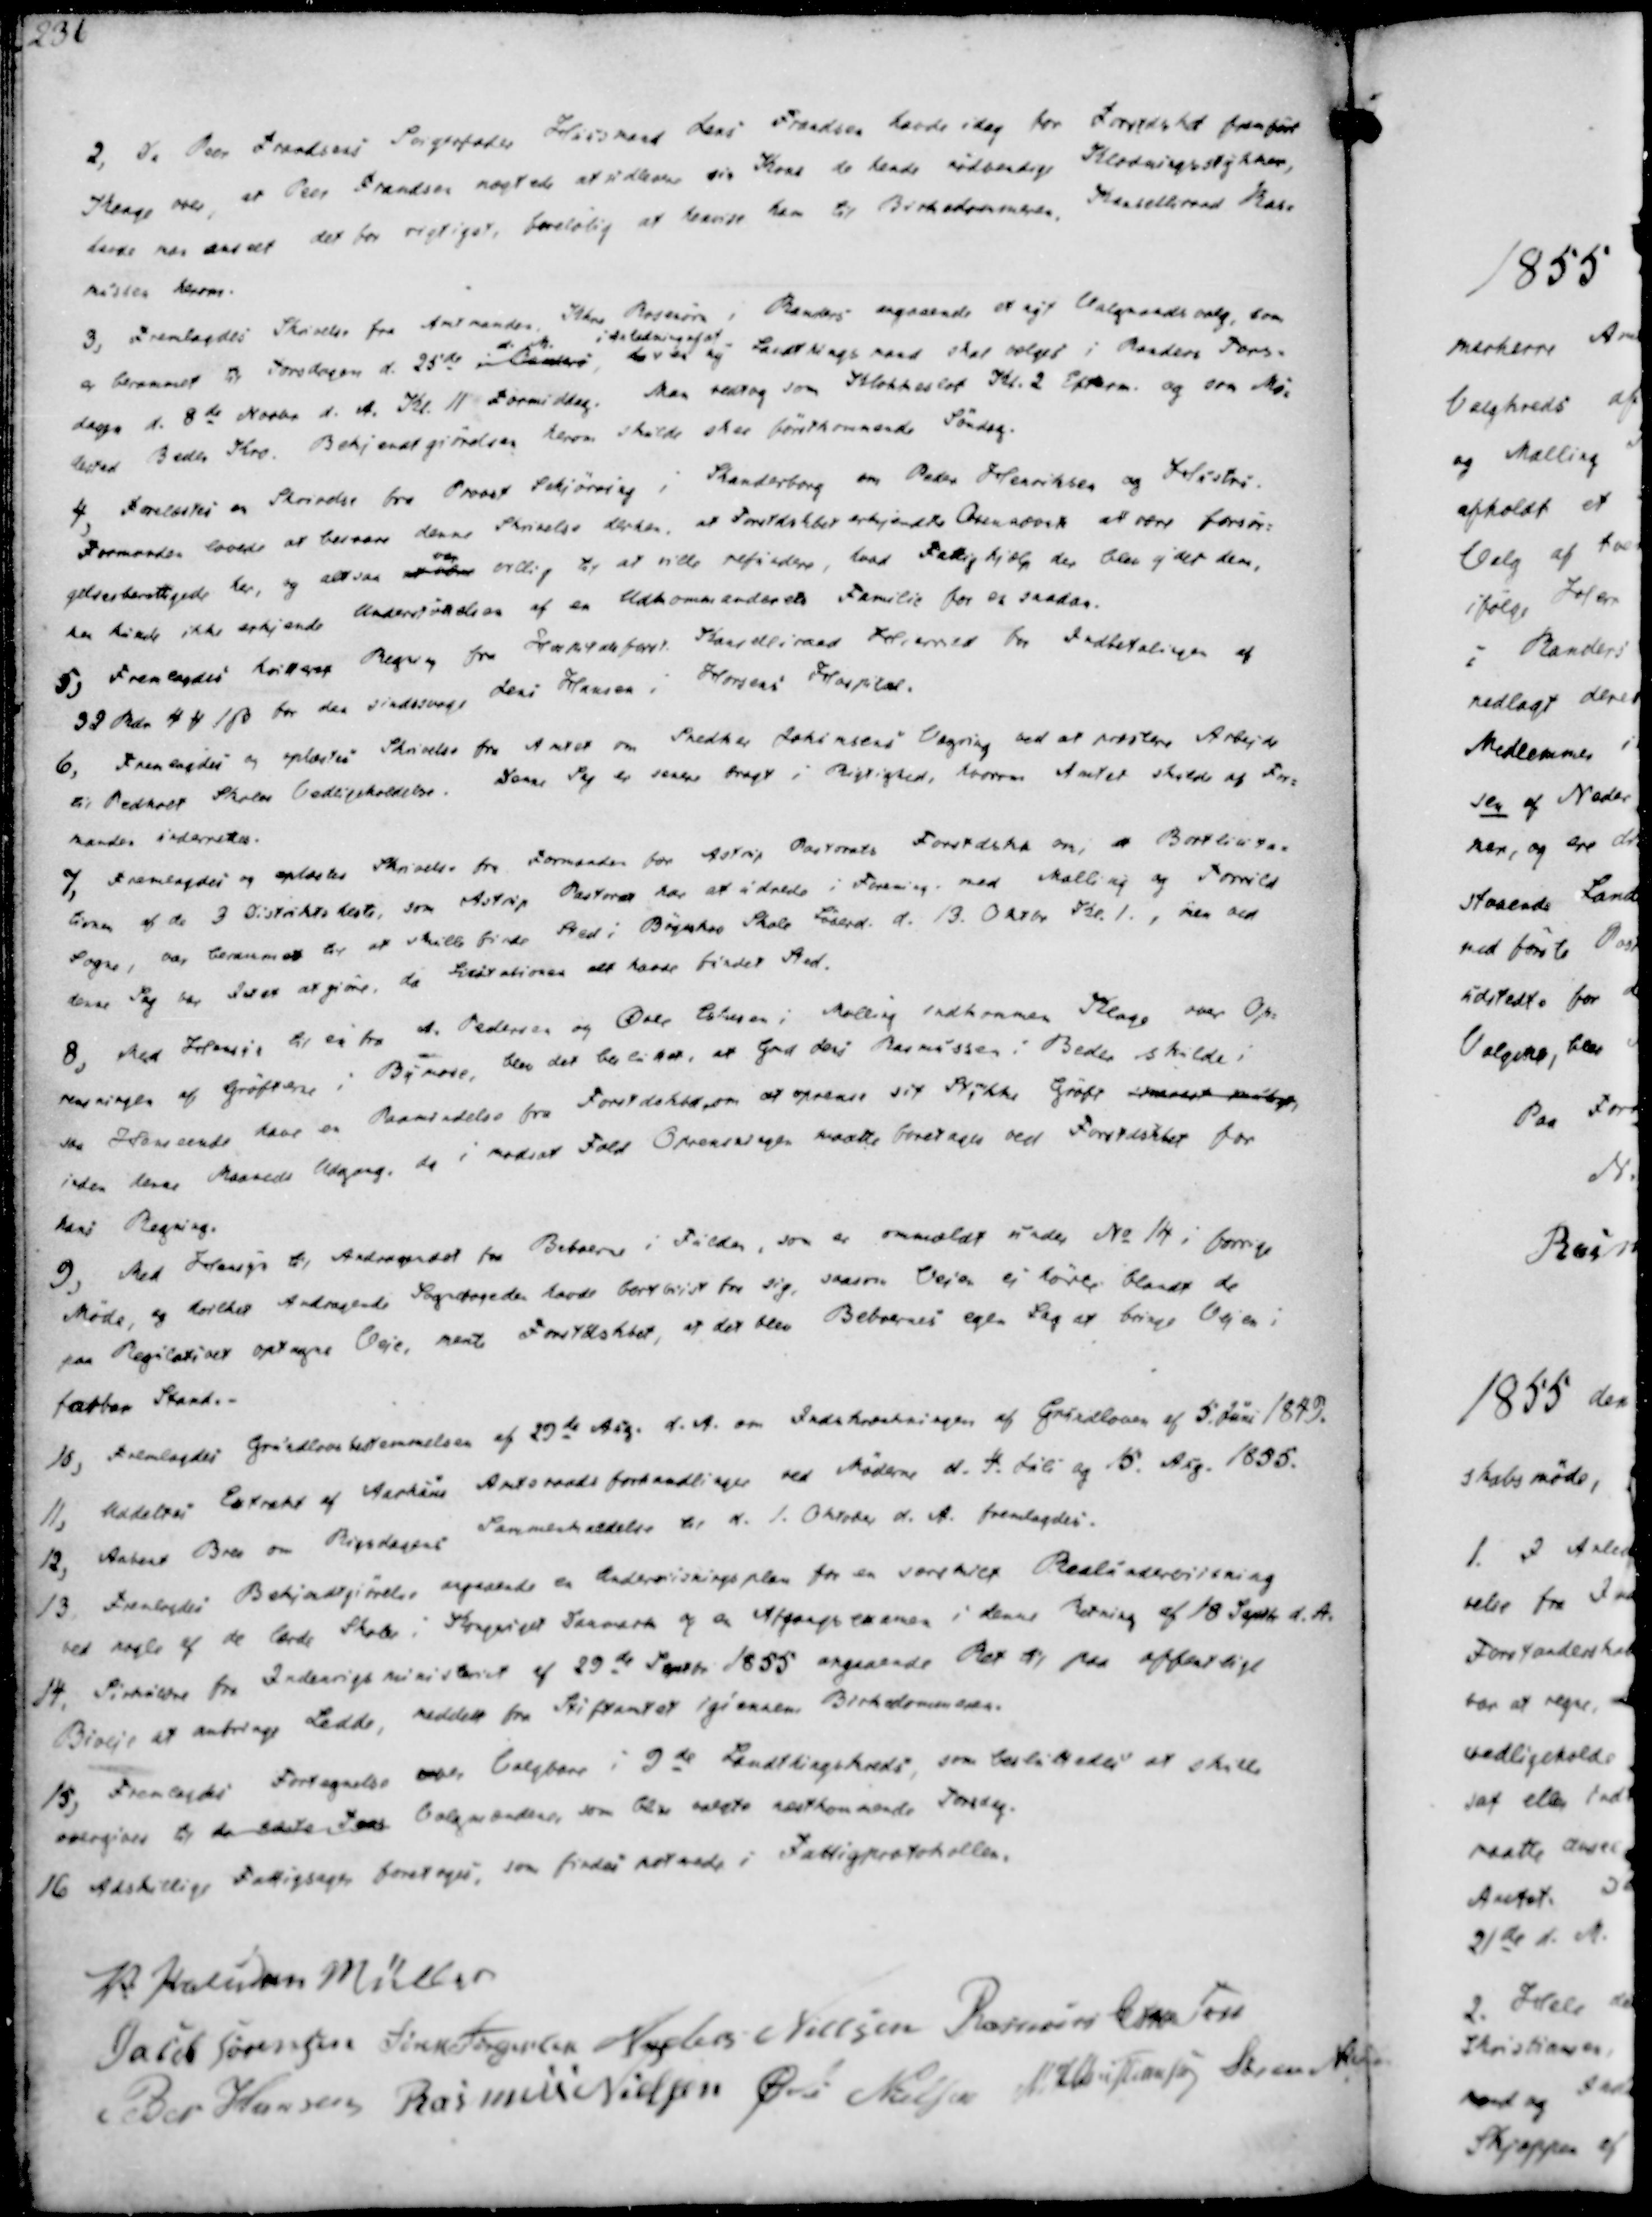
Transskription:
2, Da Peder Frandsens Forgerfader Hirdmand Lars Frandsen havde idag for Forsdsket fremført
Klage over, at Peder Frandsen nægtede at udlevere sin Kone de hende nødvendige Klædningsstykker,
trods var der at det for rigtigst, foreløbig at henvise ham til Birkedommeren, Kancelliraad Ras-
mussen herom.
3, Fremlagdes Skrivelse fra Amtmanden Kare Roserin i Randers angaaende et nyt Valgraadsvalg, som
er berammet til Torsdagen d. 25de i ,
d. M.
da
indledningssat
er ny Landtingsraad skal vælges i Randers Tors-
dagen d. 8de Novbr d. A. Kl. 11 Formiddag. Man vedtog som Klokkeslet Kl. 2. Efterm. og som Mø-
dested Beder Kro. Bekjendtgiørelsen herom skulde skee førstkommende Søndag.

4, Forelæstes en Skrivelse fra Provst Schjørring i Skanderborg om Peder Henriksen og Hustru.
Formanden lovede at besvare denne Skrivelse derhen, at Forstdskbet erkjendte Anensævek at være forsør-
gelsesberettigede her, og altså vær villig til at ville refundere, hvad Fattighjælp der blev ydet dem,
en kinde ikke erkjende Undersvadsen af en Udkommanderede Familie for en saadan.
5, Fremlagdes tillige Regning fra Hospitalsforst. Kancelliraad Hierrild for Indbetalingen af
33 Rdr 4 ₻ 1 ẞ for den sindssvage Jens Hansen i Horsens Hospital.
6, Fremlagdes og oplæstes Skrivelse fra Amtet om Snedker Johansens Vægring ved at præstere Arbejde
til Pedholt Skolen Vedligeholdelse. Denne Sag er senere bragt i Rigtighed, hvorom Amtet skulde af For-
manden underrettes.

7, Fremlagdes og oplæstes Skrivelse fra Formanden for Astrup Pastorats Forstdska om, Bortlicita
tionen af de 3 Distriktsheste, som Astrup Pastorat har at udrede i Forening, med Malling og Torrild
Sogne, og berammes til at skulle finde Sted i Bøgeskov Skole Løverd. d. 13. Oktbr Kl. 1., men old
derne Sag har Intet at giøre. da Licitationen alt havde fundet Sted.
8, Med Hensyn til en fra A. Pedersen og Øvle Eskesen i Malling indkommen Klage over Op-
rensningen af Grøften i Bymose, blev det besluttet, at Gmd Jens Rasmussen i Beder skulde i
saa Henseende have en Raansedelse fra Forstdokbe, som at oprense sit Stykke Grøft snarest muligt,
inden denne Maaneds Udgang, da i modsat Fald Oprensningen maatte foretages ved Forstdskbet for
hans Regning.

9, Med Hensyn til Andragendet fra Beboerne i Fulden, som er anmeldt under No 14 i forrige
Møde, og horltes Andragende Sognefogeden havde bortviist fra sig, saasom Vejen ej hørte blandt de
paa Regulativet optagne Veje, mente Forstdskbet, at det blev Beboernes egen Sag at bringe Vejen i
farbar Stand.
10, Fremlagdes Grundlovsbestemmelsen af 29de Aug. d.A. om Indskrænkningen af Grundloven af 5. Juni 1849.
11, Uddeltes Extrakt af Aarhuus Amtsraadsforhandlinger ved Møderne d. 4. Juli og 15. Aug. 1855.
12, Aabent Brev om Rigsdagens Sammenkaldelse til d. 1. Oktober d. A. fremlagdes.

13. Fremlagdes Bekjendtgiørelse angaaende en Undervisningsplan for en særskilt Realiadervisning
ved nogle af de lærde Skoler i Kongeriget Danmark og en Afgangsexamen i denne Retning af 18 Septbr. d.A.
14. Cirkulære fra Indenrigsministeriet af 29de Septbr 1855 angaaende Ret til paa offentlige
Biveie at anbringe Ledde, meddelt fra Stiftamtet igiennem Birkedommen.
15, Fremlagdes Fortegnelse over Valgbare i 9de Landthingskreds, som besluttedes at skulle
overgives til de sidste Tons Valgmændene som blive valgte næstkommende Torsdag.
16 Adskillige Fattigsags foretoges, som findes noterede i Fattigprotokollen.

V. Paludan Müller
Jacob Sørensen
Søren Jørgensen
Anders Nielsen
Rasmus Eskesen
Peder Hansen
Rasmus Nielsen
Øvle Nielsen
M. H Christiansen
Søren Nielsen